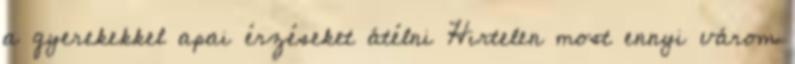
a gyerekekkel apai érzéseket átélni Hirtelen most ennyi várom